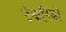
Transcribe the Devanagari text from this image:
टेकरियो